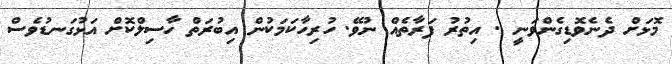
މޮޅަށް ދެނެވޮޑިގެންވަނީ . އިތުރު ފަރާތެއް ނުވޭ. ހުރިހާކަމަކުން އިބުރަތް ހާސިލްކޮށް އަޅުގަނޑުވެސް